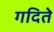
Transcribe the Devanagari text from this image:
गदिते